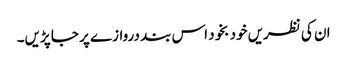
ان کی نظریں خود بخود اس بند دروازے پر جا پڑیں۔